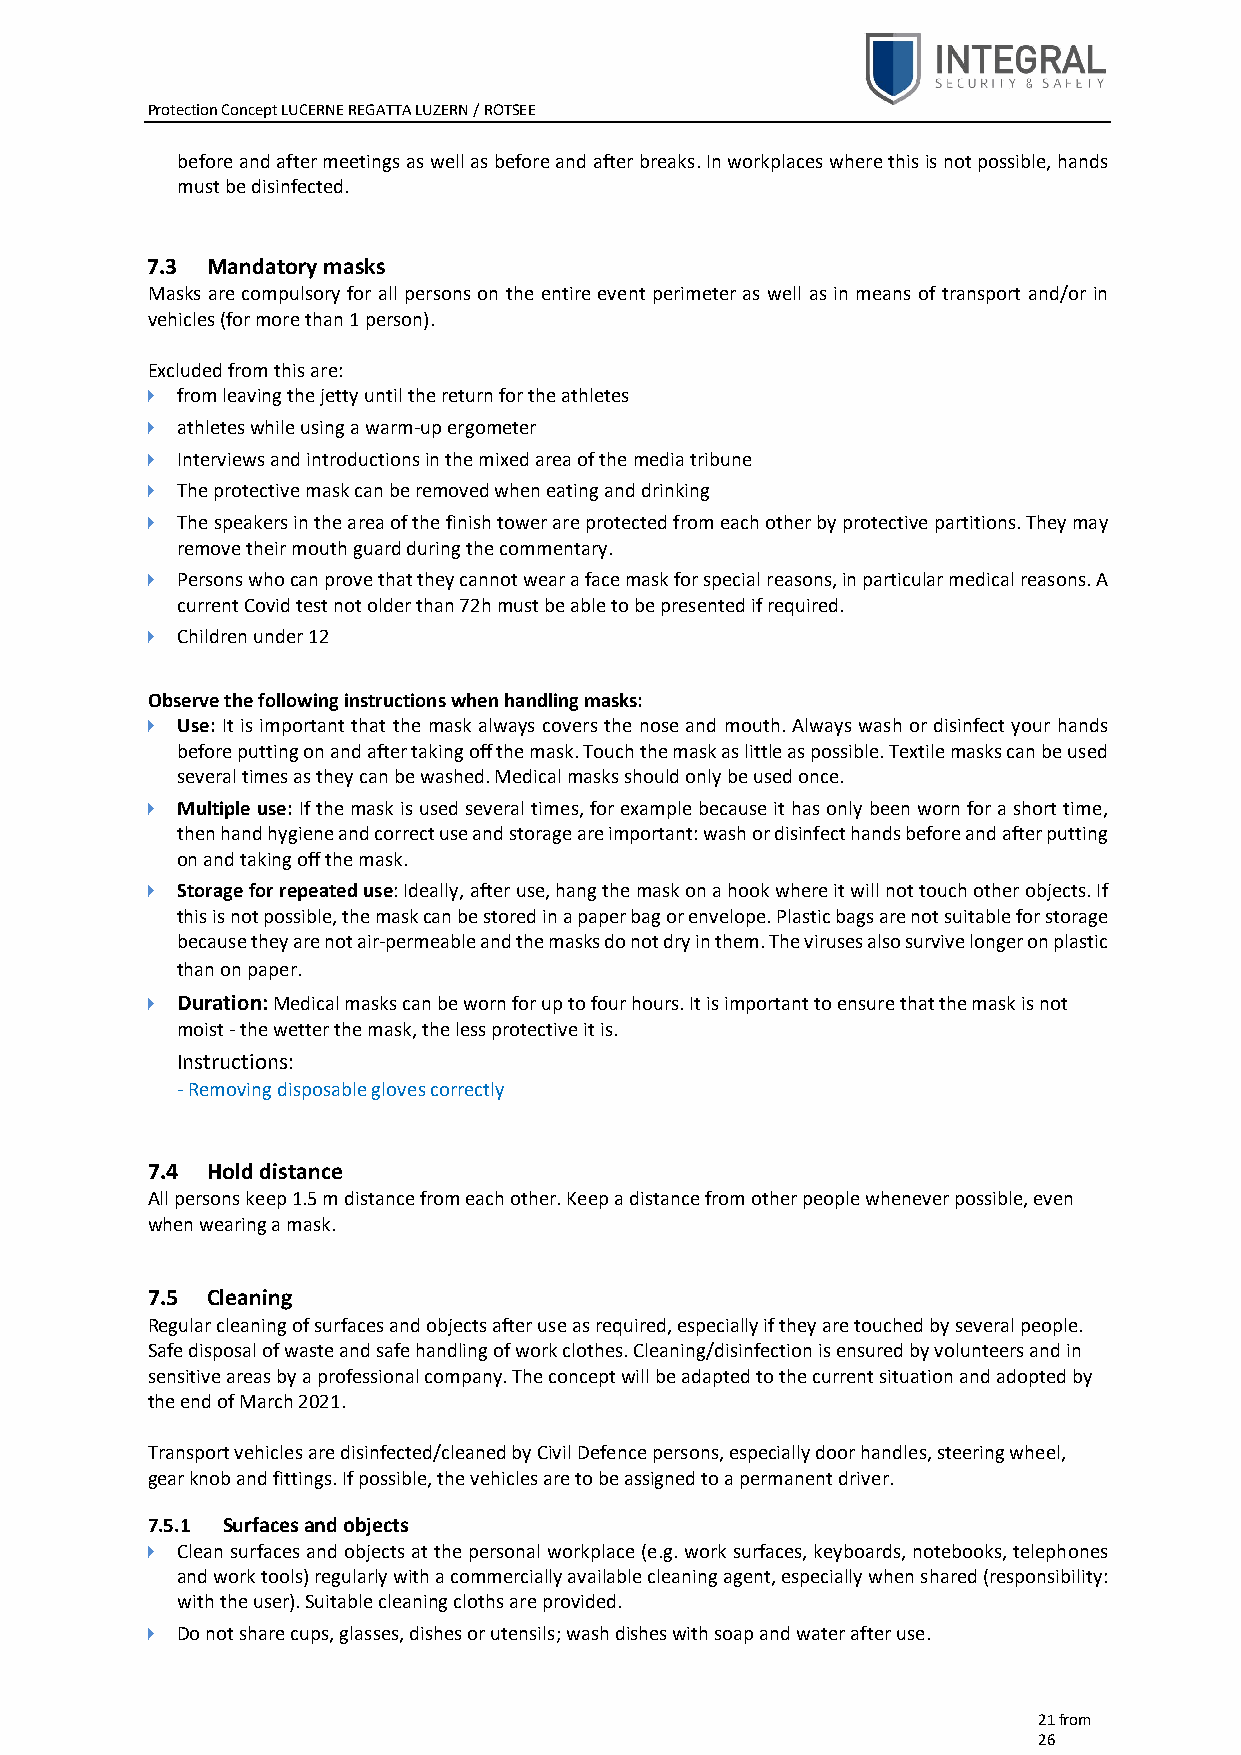
Protection Concept LUCERNE REGATTA LUZERN / ROTSEE
 before and after meetings as well as before and after breaks. In workplaces where this is not possible, hands
 must be disinfected.
 7.3 Mandatory masks
 Masks are compulsory for all persons on the entire event perimeter as well as in means of transport and/or in
 vehicles (for more than 1 person).
 Excluded from this are:
   from leaving the jetty until the return for the athletes
   athletes while using a warm-up ergometer
   Interviews and introductions in the mixed area of the media tribune
   The protective mask can be removed when eating and drinking
   The speakers in the area of the finish tower are protected from each other by protective partitions. They may
 remove their mouth guard during the commentary.
   Persons who can prove that they cannot wear a face mask for special reasons, in particular medical reasons. A
 current Covid test not older than 72h must be able to be presented if required.
   Children under 12
 Observe the following instructions when handling masks:
   Use: It is important that the mask always covers the nose and mouth. Always wash or disinfect your hands
 before putting on and after taking off the mask. Touch the mask as little as possible. Textile masks can be used
 several times as they can be washed. Medical masks should only be used once.
   Multiple use: If the mask is used several times, for example because it has only been worn for a short time,
 then hand hygiene and correct use and storage are important: wash or disinfect hands before and after putting
 on and taking off the mask.
   Storage for repeated use: Ideally, after use, hang the mask on a hook where it will not touch other objects. If
 this is not possible, the mask can be stored in a paper bag or envelope. Plastic bags are not suitable for storage
 because they are not air-permeable and the masks do not dry in them. The viruses also survive longer on plastic
 than on paper.
   Duration: Medical masks can be worn for up to four hours. It is important to ensure that the mask is not
 moist - the wetter the mask, the less protective it is.
 Instructions:
 - Removing disposable gloves correctly
 7.4 Hold distance
 All persons keep 1.5 m distance from each other. Keep a distance from other people whenever possible, even
 when wearing a mask.
 7.5 Cleaning
 Regular cleaning of surfaces and objects after use as required, especially if they are touched by several people.
 Safe disposal of waste and safe handling of work clothes. Cleaning/disinfection is ensured by volunteers and in
 sensitive areas by a professional company. The concept will be adapted to the current situation and adopted by
 the end of March 2021.
 Transport vehicles are disinfected/cleaned by Civil Defence persons, especially door handles, steering wheel,
 gear knob and fittings. If possible, the vehicles are to be assigned to a permanent driver.
 7.5.1 Surfaces and objects
   Clean surfaces and objects at the personal workplace (e.g. work surfaces, keyboards, notebooks, telephones
 and work tools) regularly with a commercially available cleaning agent, especially when shared (responsibility:
 with the user). Suitable cleaning cloths are provided.
   Do not share cups, glasses, dishes or utensils; wash dishes with soap and water after use.
 21 from
 26